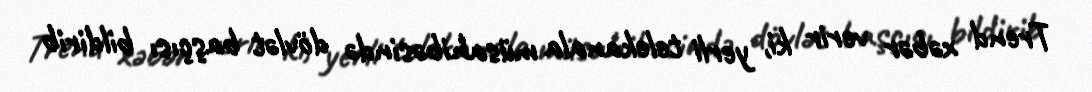
Trend xəbər verir ki, yerli telekanala müsahibəsində dövlət başçısı bildirib